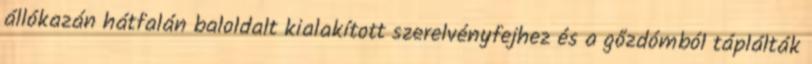
állókazán hátfalán baloldalt kialakított szerelvényfejhez és a gőzdómból táplálták